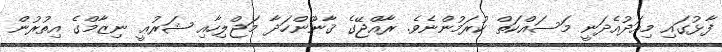
ފާޅުގައި މިއަދުއެދަނީ މަސައްކަތް ކުރަމުންނެވެ. ރާއްޖޭގެ ޤާނޫންހަދާ މަޖްލިހާއި ޝަރުޢީ ނިޒާމްގެ އިތުރުން